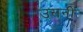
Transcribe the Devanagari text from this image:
उसनी